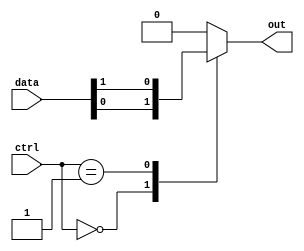
module multiplexer_128_1 (
    input [127:0] data,
    input [6:0] ctrl,
    output reg out
);

always @(*) begin
    case(ctrl)
        7'b0000000: out = data[0];
        7'b0000001: out = data[1];
        // Add cases for the remaining 126 input signals
        default: out = 1'b0; // Default output signal if control signals are invalid
    endcase
end

endmodule